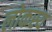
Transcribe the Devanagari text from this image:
लोकस्य